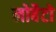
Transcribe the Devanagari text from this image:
लोबैटो